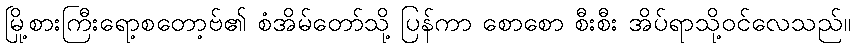
မြို့စားကြီးရော့စတော့ဗ်၏ စံအိမ်တော်သို့ ပြန်ကာ စောစော စီးစီး အိပ်ရာသို့ဝင်လေသည်။